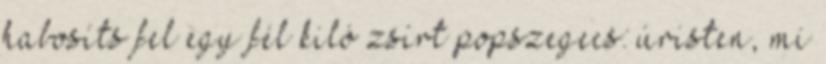
habosíts fel egy fél kiló zsírt popszegecs: úristen, mi